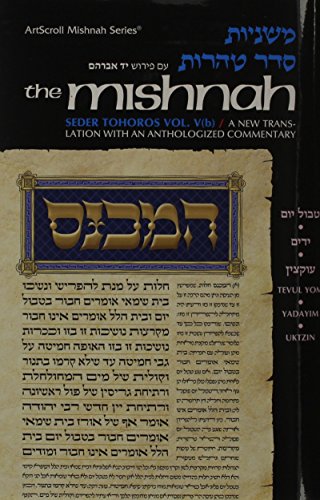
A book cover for Tractates Tvul Yom: Yadayim/Uktzin (Seder Tohoros) (Yad Avraham Mishnah); Mordechai Rabinovitch; Religion & Spirituality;